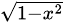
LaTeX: \scriptstyle{\sqrt{1-x^{2}}}